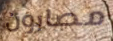
مصابون